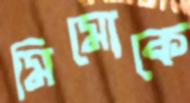
মিমোকে